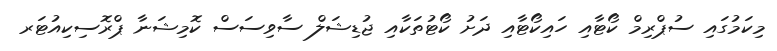
މިކަމުގައި ސުޕްރިމް ކޯޓާއި ހައިކޯޓާއި ދަށު ކޯޓުތަކާއި ޖުޑިޝަލް ސާވިސަސް ކޮމިޝަނާ ޕްރޮސިކިއުޓަރ